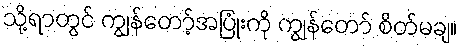
သို့ရာတွင် ကျွန်တော့်အပြုံးကို ကျွန်တော် စိတ်မချ။